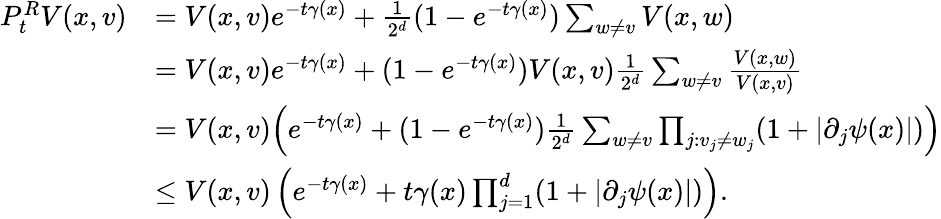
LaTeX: \begin{array}{rl}{P_{t}^{R}V(x,v)}&{=V(x,v)e^{-t\gamma(x)}+\frac{1}{2^{d}}(1-e^{-t\gamma(x)})\sum_{w\neq v}V(x,w)}\\ &{=V(x,v)e^{-t\gamma(x)}+(1-e^{-t\gamma(x)})V(x,v)\frac{1}{2^{d}}\sum_{w\neq v}\frac{V(x,w)}{V(x,v)}}\\ &{=V(x,v)\Big(e^{-t\gamma(x)}+(1-e^{-t\gamma(x)})\frac{1}{2^{d}}\sum_{w\neq v}\prod_{j:v_{j}\neq w_{j}}(1+\lvert\partial_{j}\psi(x)\rvert)\Big)}\\ &{\leq V(x,v)\left(e^{-t\gamma(x)}+t\gamma(x)\prod_{j=1}^{d}(1+\lvert\partial_{j}\psi(x)\rvert)\right).}\end{array}